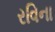
રવિના